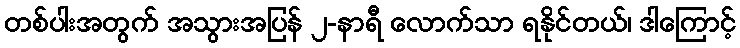
တစ်ပါးအတွက် အသွားအပြန် ၂-နာရီ လောက်သာ ရနိုင်တယ်၊ ဒါကြောင့်